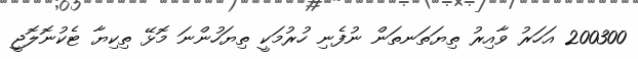
200300 އަހަރު ވާއިރު ތިޔަތަނތަން ނުފެނި ހުރުމަކީ ތިޔަހުންނަ މޮޅޭ ތިކިޔާ ޓެކުނޮލޮޖީ